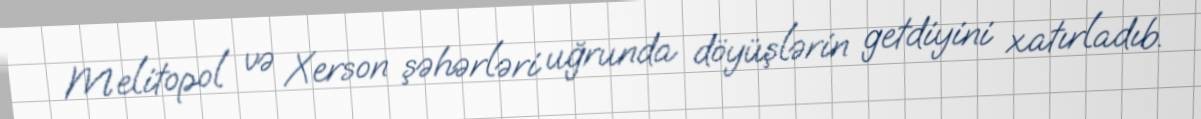
Melitopol və Xerson şəhərləri uğrunda döyüşlərin getdiyini xatırladıb.